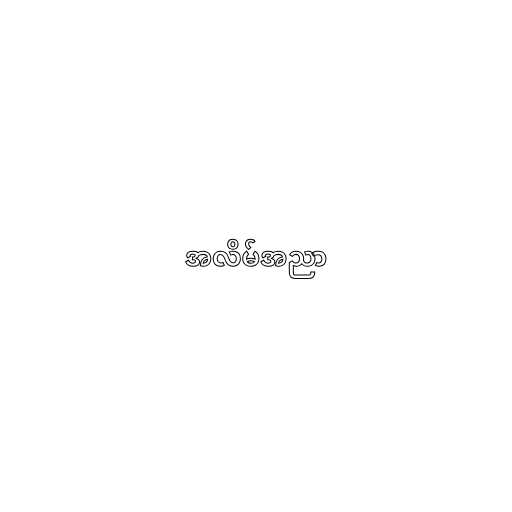
အလိမ်အညာ